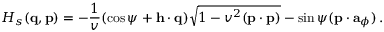
{ \cal H } _ { s } ( { \bf q } , { \bf p } ) = - \frac { 1 } { v } ( \cos \psi + { \bf h } \cdot \mathbf { q } ) \sqrt { 1 - v ^ { 2 } ( { \bf p } \cdot { \bf p } ) } - \sin \psi ( { \bf p } \cdot { \bf a } _ { \phi } ) \, .